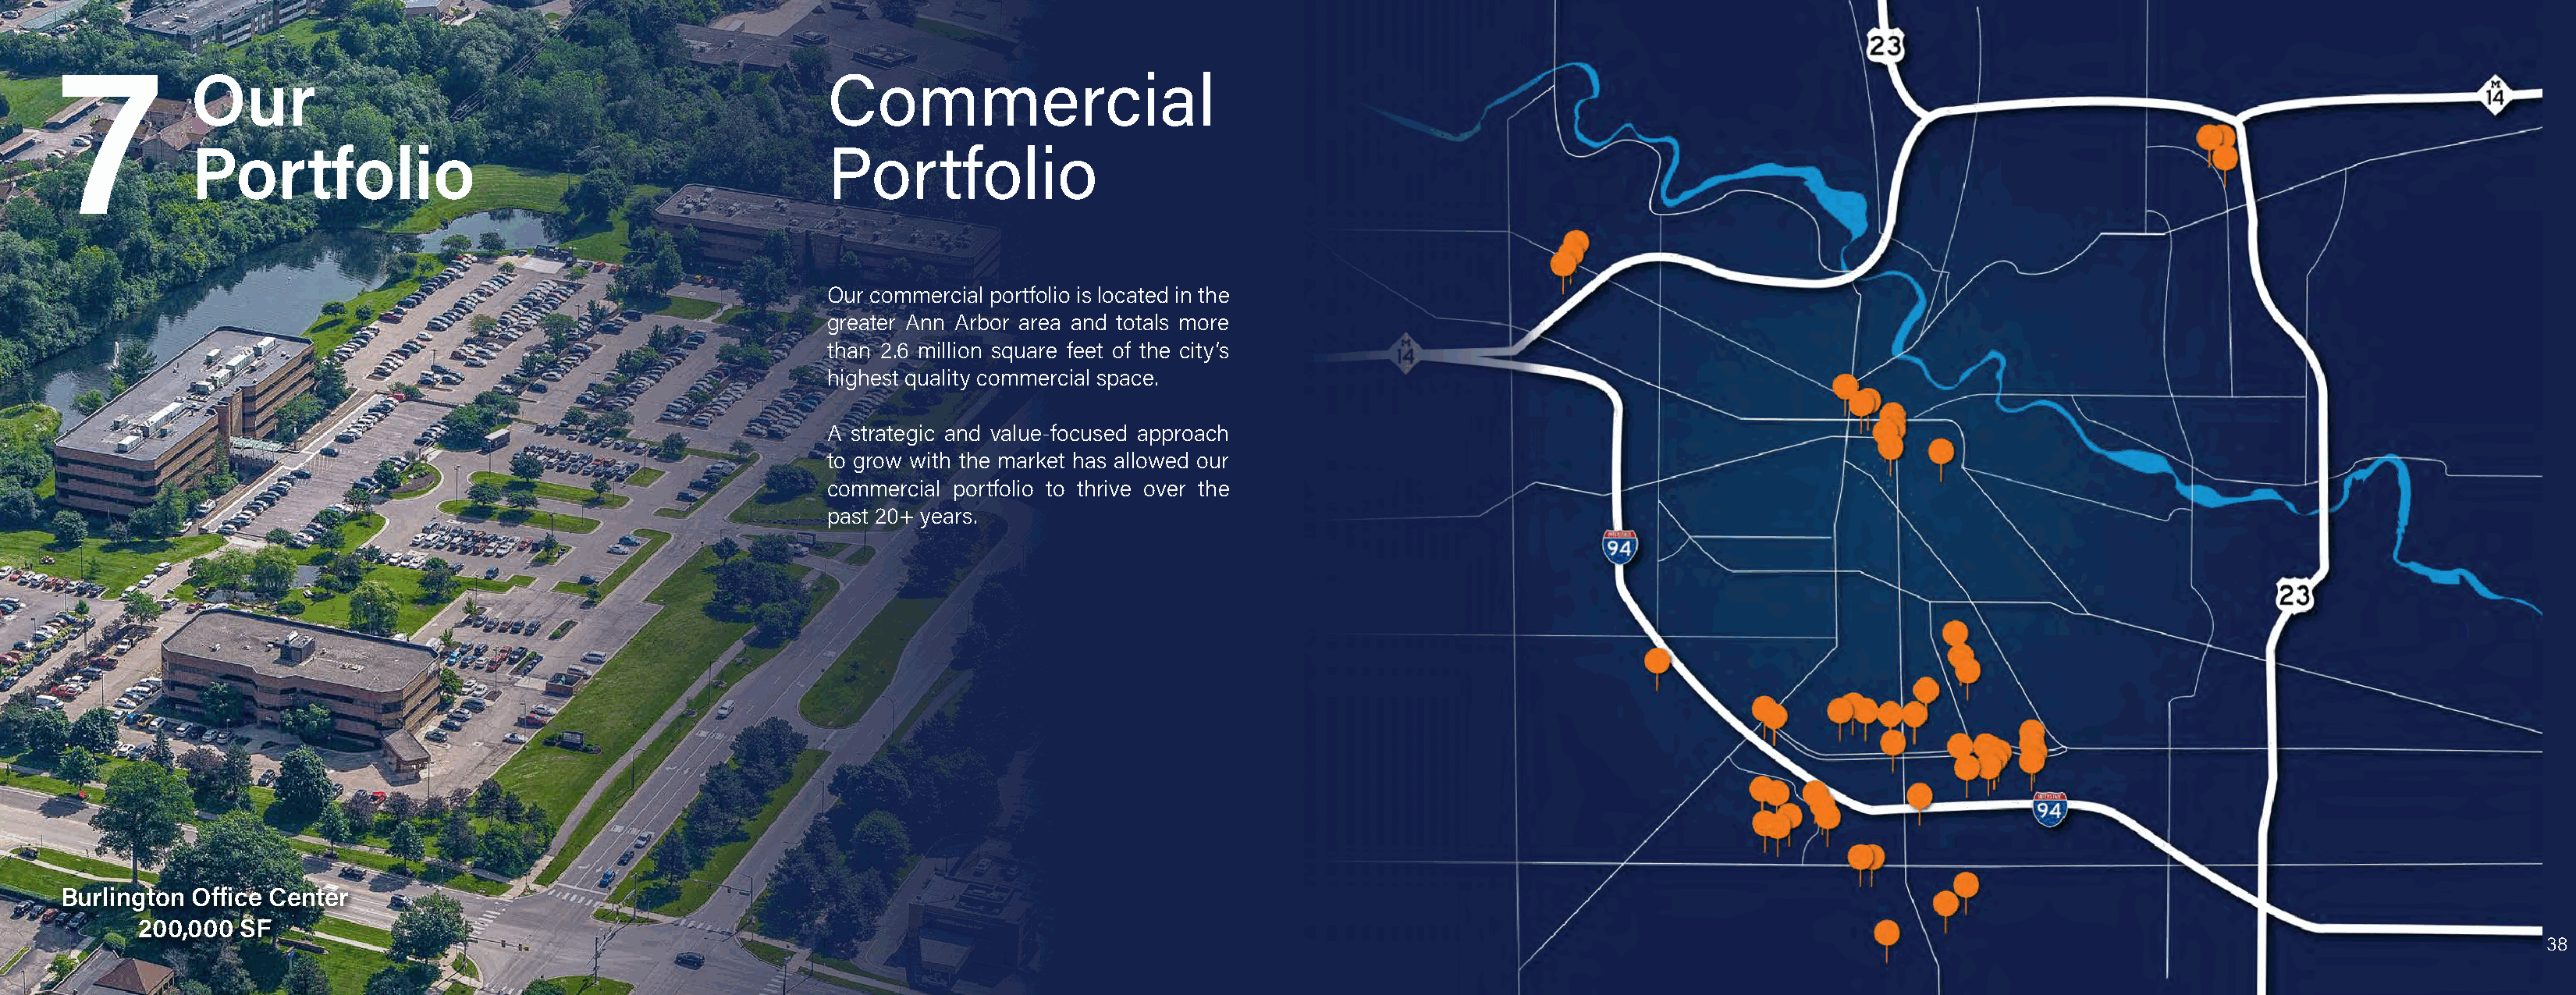
7
 Our                                                   Commercial
 Portfolio                                             Portfolio
 Our commercial portfolio is located in the
 greater Ann Arbor area and totals more
 than 2.6 million square feet of the city’s
 highest quality commercial space.
 A strategic and value-focused approach
 to grow with the market has allowed our
 commercial portfolio to thrive over the
 past 20+ years.
 Burlington
 BOuffirclei nCgentotenr Office Center
 200,000 SF
 200,000 SF
 38